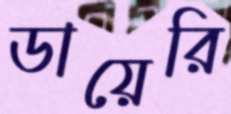
ডায়েরি